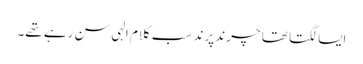
ایسا لگتا تھا چرند پرند سب کلام الہی سن رہے تھے۔